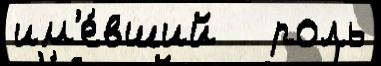
им'е́вший   роль